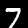
Digit: 7